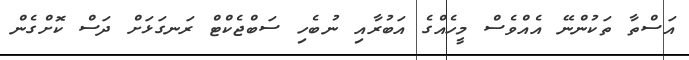
އަސްތާ ތަކުންނޭ އެއްވެސް މީހެއްގެ އަބުރާއި ނުބެހި ސަބްޖެކްޓް ރަނގަޅަށް ދަސް ކޮށްގެން